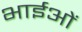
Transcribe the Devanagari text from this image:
भाईओं